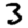
Digit: 3